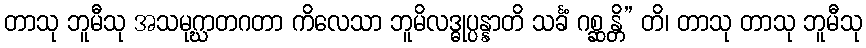
တာသု ဘူမီသု အသမုဂ္ဃာတဂတာ ကိလေသာ ဘူမိလဒ္ဓုပ္ပန္နာတိ သင်္ခံ ဂစ္ဆန္တိ” တိ၊ တာသု တာသု ဘူမီသု